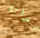
جذابة